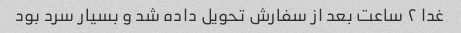
غدا ٢ ساعت بعد از سفارش تحویل داده شد و بسیار سرد بود